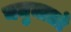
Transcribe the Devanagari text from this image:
यमुनातटे